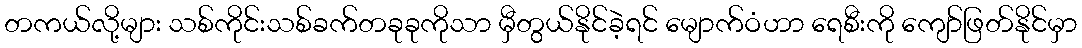
တကယ်လို့များ သစ်ကိုင်းသစ်ခက်တခုခုကိုသာ မှီတွယ်နိုင်ခဲ့ရင် မျောက်ဝံဟာ ရေစီးကို ကျော်ဖြတ်နိုင်မှာ